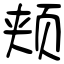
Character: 颊